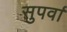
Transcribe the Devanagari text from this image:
सुपर्वा